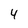
Character: 4